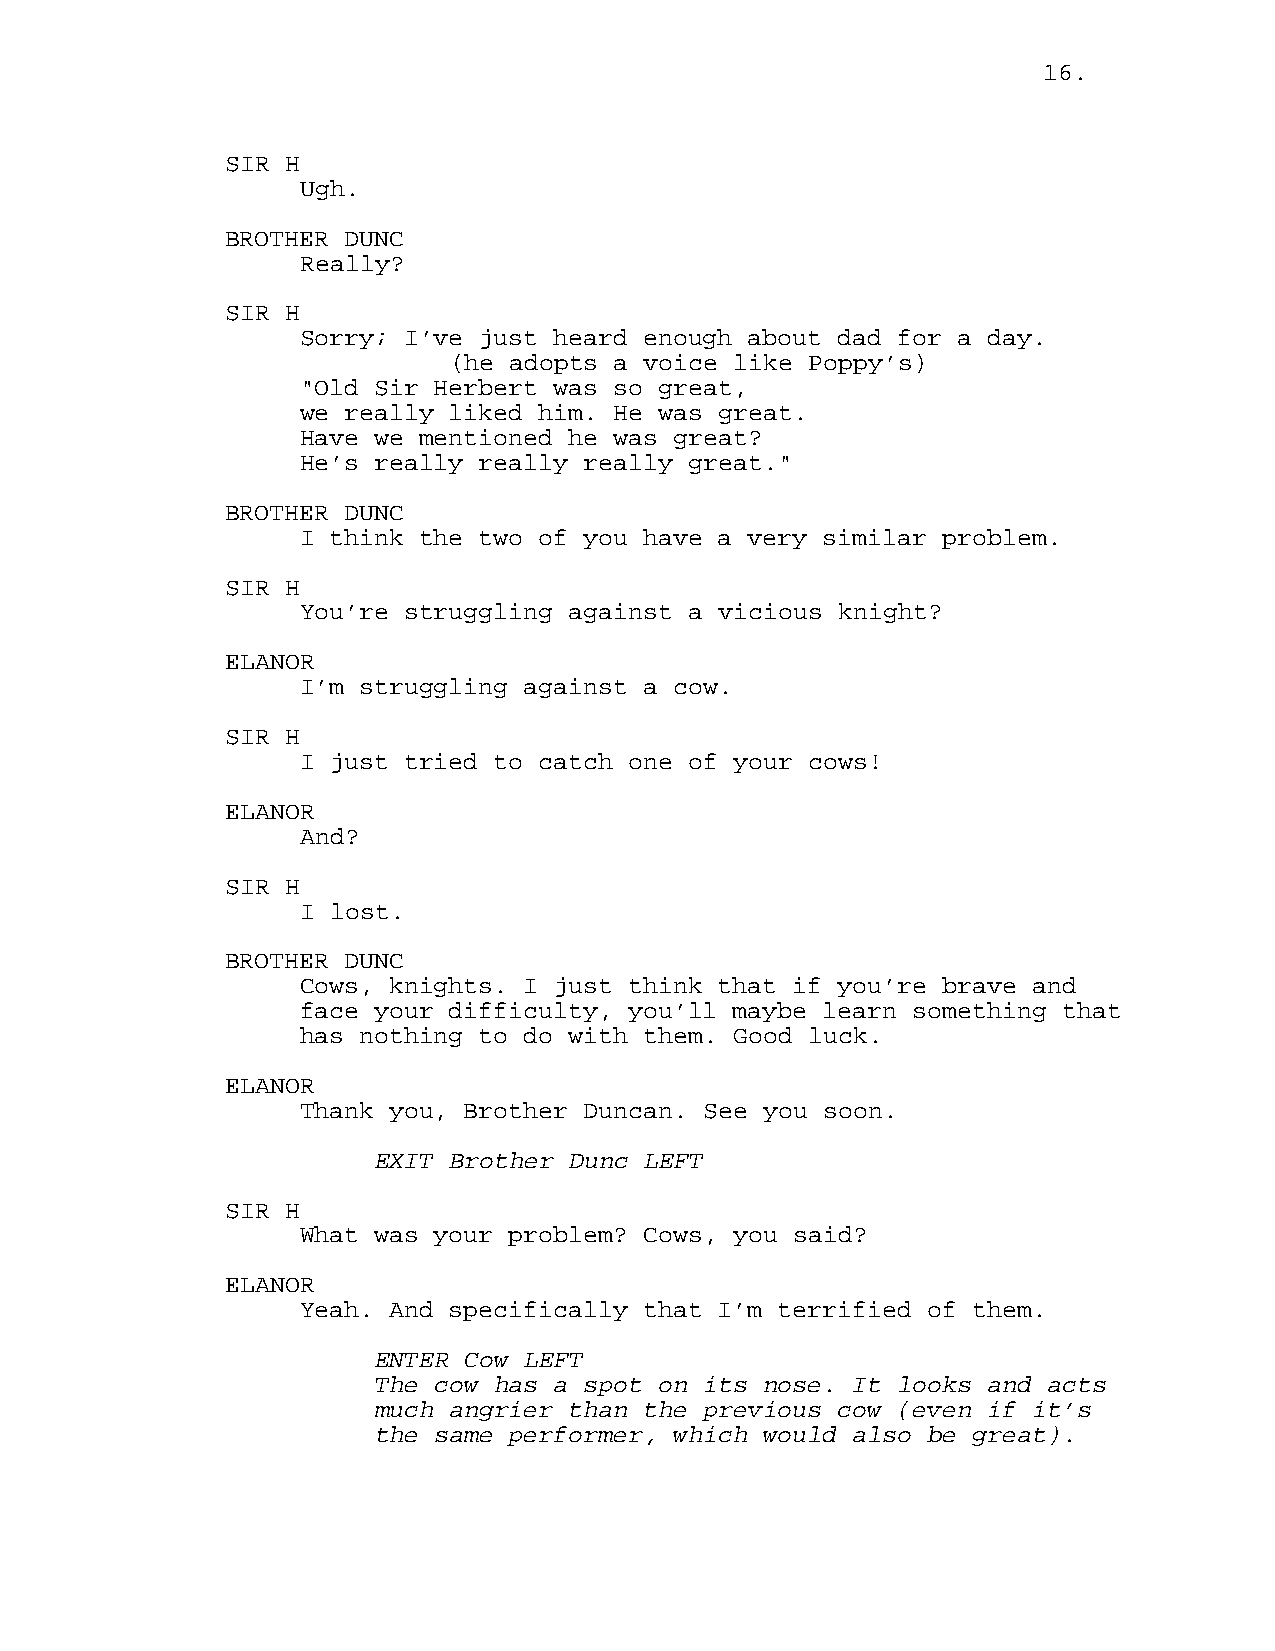
16.
 SIR H
 Ugh.
 BROTHER DUNC
 Really?
 SIR H
 Sorry; I’ve just heard enough about dad for a day.
 (he adopts a voice like Poppy’s)
 "Old Sir Herbert was so great,
 we really liked him. He was great.
 Have we mentioned he was great?
 He’s really really really great."
 BROTHER DUNC
 I think the two of you have a very similar problem.
 SIR H
 You’re struggling against a vicious knight?
 ELANOR
 I’m struggling against a cow.
 SIR H
 I just tried to catch one of your cows!
 ELANOR
 And?
 SIR H
 I lost.
 BROTHER DUNC
 Cows, knights. I just think that if you’re brave and
 face your difficulty, you’ll maybe learn something that
 has nothing to do with them. Good luck.
 ELANOR
 Thank you, Brother Duncan. See you soon.
 EXIT Brother Dunc LEFT
 SIR H
 What was your problem? Cows, you said?
 ELANOR
 Yeah. And specifically that I’m terrified of them.
 ENTER Cow LEFT
 The cow has a spot on its nose. It looks and acts
 much angrier than the previous cow (even if it’s
 the same performer, which would also be great).